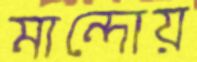
মান্দোয়